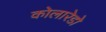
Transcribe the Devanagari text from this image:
कोलारेडो